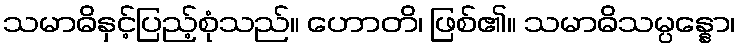
သမာဓိနှင့်ပြည့်စုံသည်။ ဟောတိ၊ ဖြစ်၏။ သမာဓိသမ္ပန္နော၊